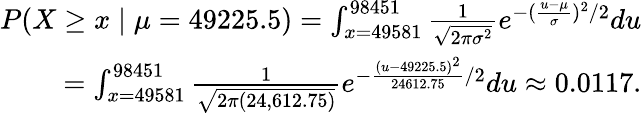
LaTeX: {\begin{array}{r}{P(X\geq x\mid\mu=49225.5)=\int_{x=49581}^{98451}{\frac{1}{\sqrt{2\pi\sigma^{2}}}}e^{-({\frac{u-\mu}{\sigma}})^{2}/2}du}\\ {=\int_{x=49581}^{98451}{\frac{1}{\sqrt{2\pi(24,612.75)}}}e^{-{\frac{(u-49225.5)^{2}}{24612.75}}/2}du\approx 0.0117.}\end{array}}